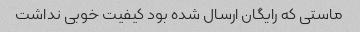
ماستی که رایگان ارسال شده بود کیفیت خوبی نداشت